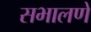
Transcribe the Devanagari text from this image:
सभालणे